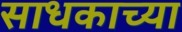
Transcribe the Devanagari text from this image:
साधकाच्या